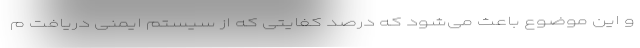
و این موضوع باعث می‌شود که درصد کفایتی که از سیستم ایمنی دریافت م